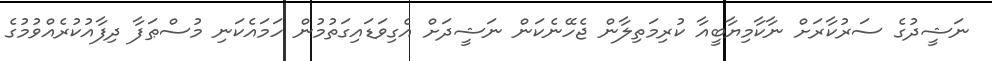
ނަޝީދުގެ ސަރުކާރަށް ނާކާމިޔާބީއާ ކުރިމަތިލާން ޖެހޭނެކަން ނަޝީދަށް އެގިވަޑައިގަތުމުން ހަމައެކަނި މުސްޠަފާ ދިފާއުކުރެއްވުމުގެ